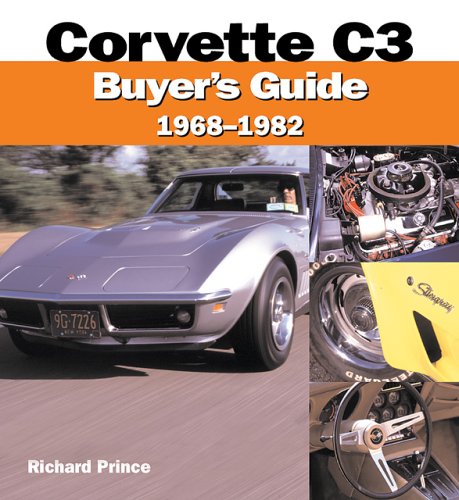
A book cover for Corvette C3 Buyer's Guide 1968-1982; Richard Prince; Engineering & Transportation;